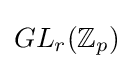
GL_{r}(\mathbb {Z} _{p})